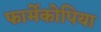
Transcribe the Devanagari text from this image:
फार्मेकोपिया